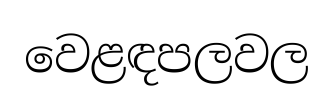
වෙළඳපලවල